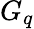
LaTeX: G_{q}